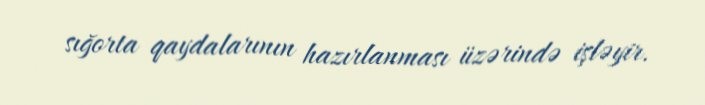
sığorta qaydalarının hazırlanması üzərində işləyir.